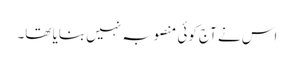
اس نے آج کوئی منصوبہ نہیں بنایا تھا۔